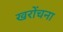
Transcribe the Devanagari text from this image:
खरोंचना